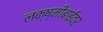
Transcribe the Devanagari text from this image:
लक्ष्मीबाईंवर